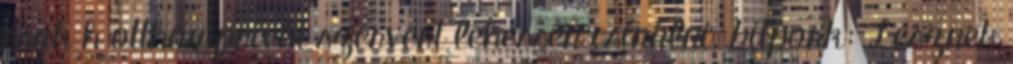
csak h otthon privát szervert lehessen csinálni. bitpork: Lesznek